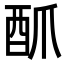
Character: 𮠜